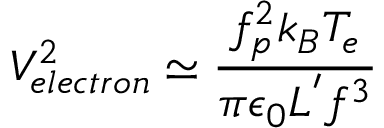
V _ { e l e c t r o n } ^ { 2 } \simeq \frac { f _ { p } ^ { 2 } k _ { B } T _ { e } } { \pi \epsilon _ { 0 } L ^ { ' } f ^ { 3 } }